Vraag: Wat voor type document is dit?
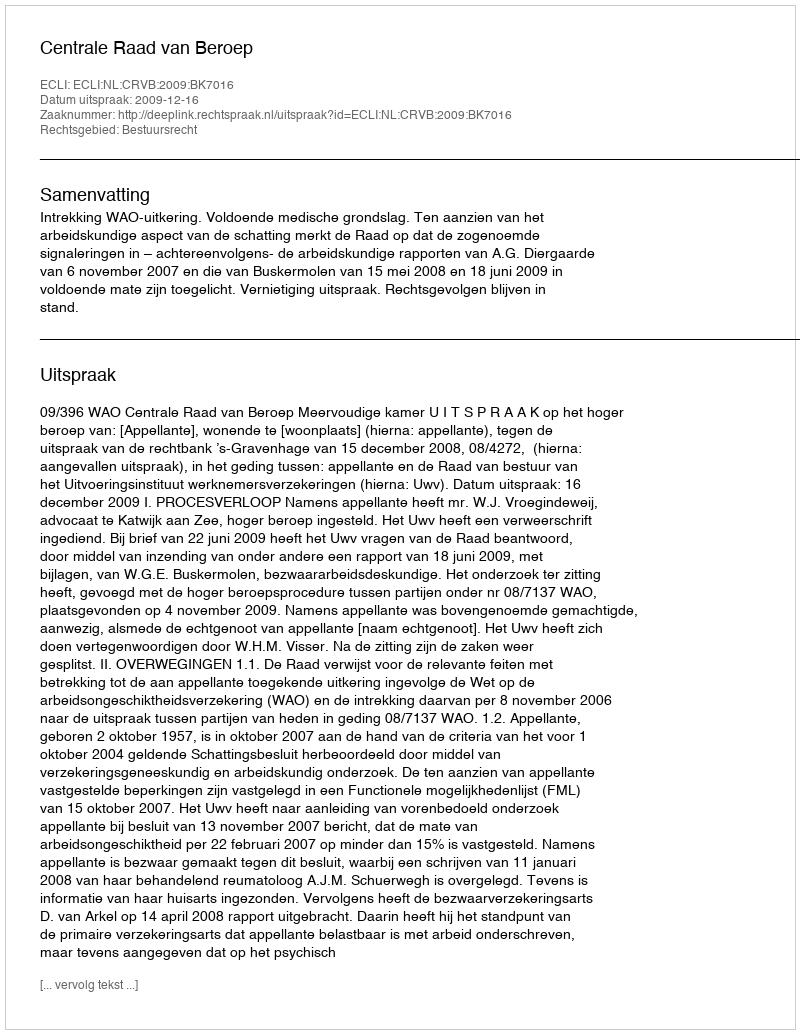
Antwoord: Uitspraak